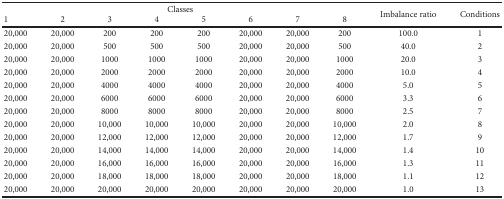
<table><thead><tr><td colspan="8"><b>Classes</b></td><td rowspan="2"><b>Imbalance ratio</b></td><td rowspan="2"><b>Conditions</b></td></tr><tr><td><b>1</b></td><td><b>2</b></td><td><b>3</b></td><td><b>4</b></td><td><b>5</b></td><td><b>6</b></td><td><b>7</b></td><td><b>8</b></td></tr></thead><tbody><tr><td>20,000</td><td>20,000</td><td>200</td><td>200</td><td>200</td><td>20,000</td><td>20,000</td><td>200</td><td>100.0</td><td>1</td></tr><tr><td>20,000</td><td>20,000</td><td>500</td><td>500</td><td>500</td><td>20,000</td><td>20,000</td><td>500</td><td>40.0</td><td>2</td></tr><tr><td>20,000</td><td>20,000</td><td>1000</td><td>1000</td><td>1000</td><td>20,000</td><td>20,000</td><td>1000</td><td>20.0</td><td>3</td></tr><tr><td>20,000</td><td>20,000</td><td>2000</td><td>2000</td><td>2000</td><td>20,000</td><td>20,000</td><td>2000</td><td>10.0</td><td>4</td></tr><tr><td>20,000</td><td>20,000</td><td>4000</td><td>4000</td><td>4000</td><td>20,000</td><td>20,000</td><td>4000</td><td>5.0</td><td>5</td></tr><tr><td>20,000</td><td>20,000</td><td>6000</td><td>6000</td><td>6000</td><td>20,000</td><td>20,000</td><td>6000</td><td>3.3</td><td>6</td></tr><tr><td>20,000</td><td>20,000</td><td>8000</td><td>8000</td><td>8000</td><td>20,000</td><td>20,000</td><td>8000</td><td>2.5</td><td>7</td></tr><tr><td>20,000</td><td>20,000</td><td>10,000</td><td>10,000</td><td>10,000</td><td>20,000</td><td>20,000</td><td>10,000</td><td>2.0</td><td>8</td></tr><tr><td>20,000</td><td>20,000</td><td>12,000</td><td>12,000</td><td>12,000</td><td>20,000</td><td>20,000</td><td>12,000</td><td>1.7</td><td>9</td></tr><tr><td>20,000</td><td>20,000</td><td>14,000</td><td>14,000</td><td>14,000</td><td>20,000</td><td>20,000</td><td>14,000</td><td>1.4</td><td>10</td></tr><tr><td>20,000</td><td>20,000</td><td>16,000</td><td>16,000</td><td>16,000</td><td>20,000</td><td>20,000</td><td>16,000</td><td>1.3</td><td>11</td></tr><tr><td>20,000</td><td>20,000</td><td>18,000</td><td>18,000</td><td>18,000</td><td>20,000</td><td>20,000</td><td>18,000</td><td>1.1</td><td>12</td></tr><tr><td>20,000</td><td>20,000</td><td>20,000</td><td>20,000</td><td>20,000</td><td>20,000</td><td>20,000</td><td>20,000</td><td>1.0</td><td>13</td></tr></tbody></table>